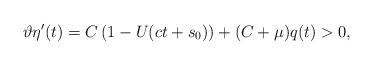
LaTeX: \begin{align*}\vartheta \eta'(t)=C\left(1-U(ct+s_0)\right)+(C+\mu)q(t)>0,\end{align*}